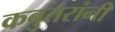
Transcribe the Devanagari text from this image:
कबुतरांनी